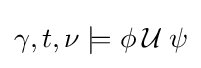
\gamma ,t,\nu \models \phi \mathbin {\mathcal {U}} \psi